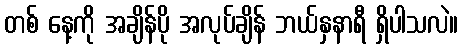
တစ် နေ့ကို အချိန်ပို အလုပ်ချိန် ဘယ်နှနာရီ ရှိပါသလဲ။